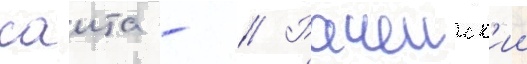
саита - // Рачеиск'ии